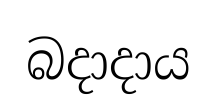
බදාදාය